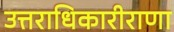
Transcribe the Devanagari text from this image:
उत्तराधिकारीराणा